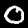
Label: 0